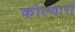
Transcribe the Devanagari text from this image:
कोल्यारी